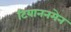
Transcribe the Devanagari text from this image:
टियाननमेन